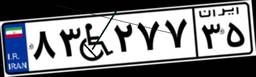
۸۳W۲۷۷۳۵